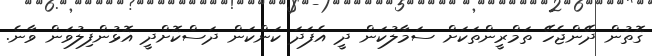
ގޮތުން ދޭންޖެހޭ ތަމްރީންތަކަށް ސަމާލުކަން ދީ އެފަދަ ކަންކަން ދަސްކޮށްދީ އޮޅުންފިލުވަން ވާނެ.